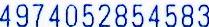
4974052854583